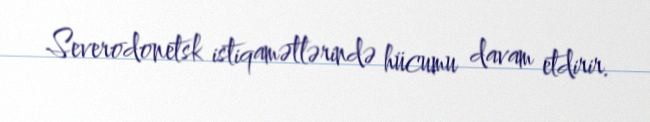
Severodonetsk istiqamətlərində hücumu davam etdirir.